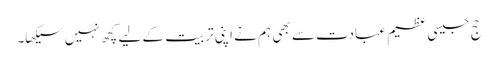
حج جیسی عظیم عبادت سے بھی ہم نے اپنی تربیت کے لیے کچھ نہیں سیکھا۔